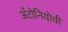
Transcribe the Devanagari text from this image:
अँटोनियोची